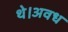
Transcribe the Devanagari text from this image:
थे।अवध